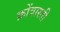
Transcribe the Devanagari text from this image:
क्रोंत्रास्ती